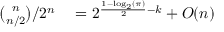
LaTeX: \begin{array} { r l } { { \binom { n } { n / 2 } } / 2 ^ { n } } & { { } = 2 ^ { { \frac { 1 - \log _ { 2 } ( \pi ) } { 2 } } - k } + O ( n ) } \end{array}